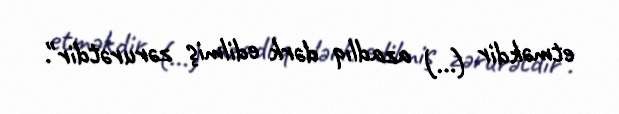
etməkdir (…) azadlıq dərk edilmiş zərurətdir".